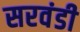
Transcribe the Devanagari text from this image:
सरवंडी